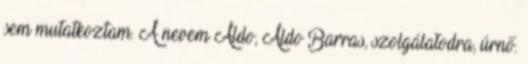
sem mutatkoztam. A nevem Aldo, Aldo Barras, szolgálatodra, úrnő.